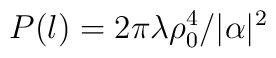
P(l) = 2\pi \lambda \rho_0^4/ |\alpha |^2